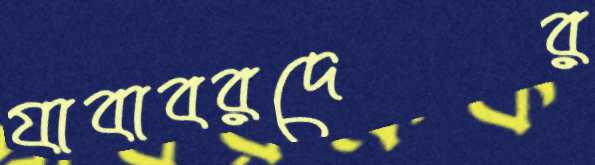
যাবাবরদের